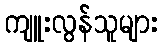
ကျူးလွန်သူများ